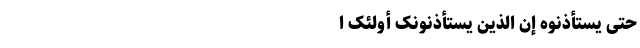
حَتَّى یَستَأْذِنُوهُ إِنَّ الَّذِینَ یَستَأْذِنُونَکَ أُولئِکَ ا